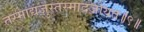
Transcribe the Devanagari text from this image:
तस्माद्यजुस्तस्मादजायत॥९॥